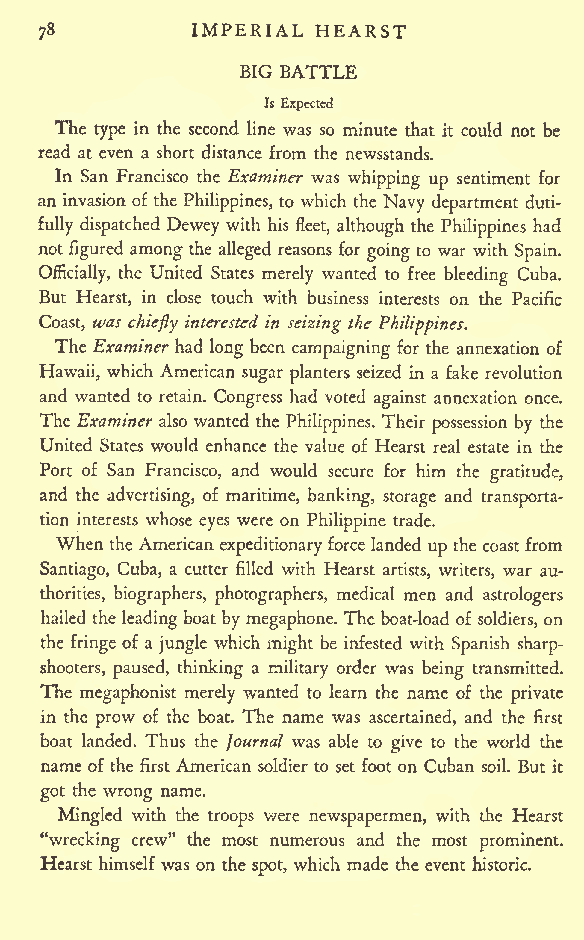
IMPERIAL HEARST
 78
 BIG BATTLE
 Is Expected
 The type in the second line was so minute that it could not be
 read at even a short distance from the newsstands.
 In San Francisco the Examiner was whipping up sentiment for
 an invasion of the Philippines, to which the Navy department duti-
 fully dispatched Dewey with his fleet, although the Philippines had
 not figured among the alleged reasons for going to war with Spain.
 Officially, the United States merely wanted to free bleeding Cuba.
 But Hearst, in close touch with business interests on the Pacific
 Coast, was chiefly interested in seizing the Philippines.
 The Examiner had long been campaigning for the annexation of
 Hawaii, which American sugar planters seized in a fake revolution
 and wanted to retain. Congress had voted against annexation once.
 The Examiner also wanted the Philippines. Their possession by the
 United States would enhance the value of Hearst real estate in the
 Port of San Francisco, and would secure for him the gratitude,
 and the advertising, of maritime, banking, storage and transporta-
 tion interests whose eyes were on Philippine trade.
 When theAmerican expeditionaryforce landed up the coastfrom
 Santiago, Cuba, a cutter filled with Hearst artists, writers, war au-
 thorities, biographers, photographers, medical men and astrologers
 hailed the leadingboat by megaphone. The boat-load of soldiers, on
 the fringe of a jungle which might be infested with Spanish sharp-
 shooters, paused, thinking a military order was being transmitted.
 The megaphonist merely wanted to learn the name of the private
 in the prow of the boat. The name was ascertained, and the first
 boat landed. Thus the Journal was able to give to the world the
 name of the first American soldier to set foot on Cuban soil. But it
 got the wrong name.
 Mingled with the troops were newspapermen, with the Hearst
 "wrecking crew" the most numerous and the most prominent.
 Hearst himself was on the spot, which made the event historic.